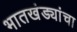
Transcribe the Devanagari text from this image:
भातखंड्यांचा